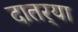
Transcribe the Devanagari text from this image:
दातर्‍या